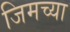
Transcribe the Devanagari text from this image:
जिमच्या